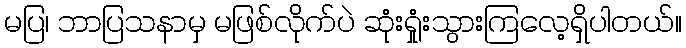
မပြ၊ ဘာပြသနာမှ မဖြစ်လိုက်ပဲ ဆုံးရှုံးသွားကြလေ့ရှိပါတယ်။